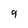
Character: 9